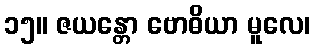
၁၅။ ဇယန္တော ဗောဓိယာ မူလေ၊